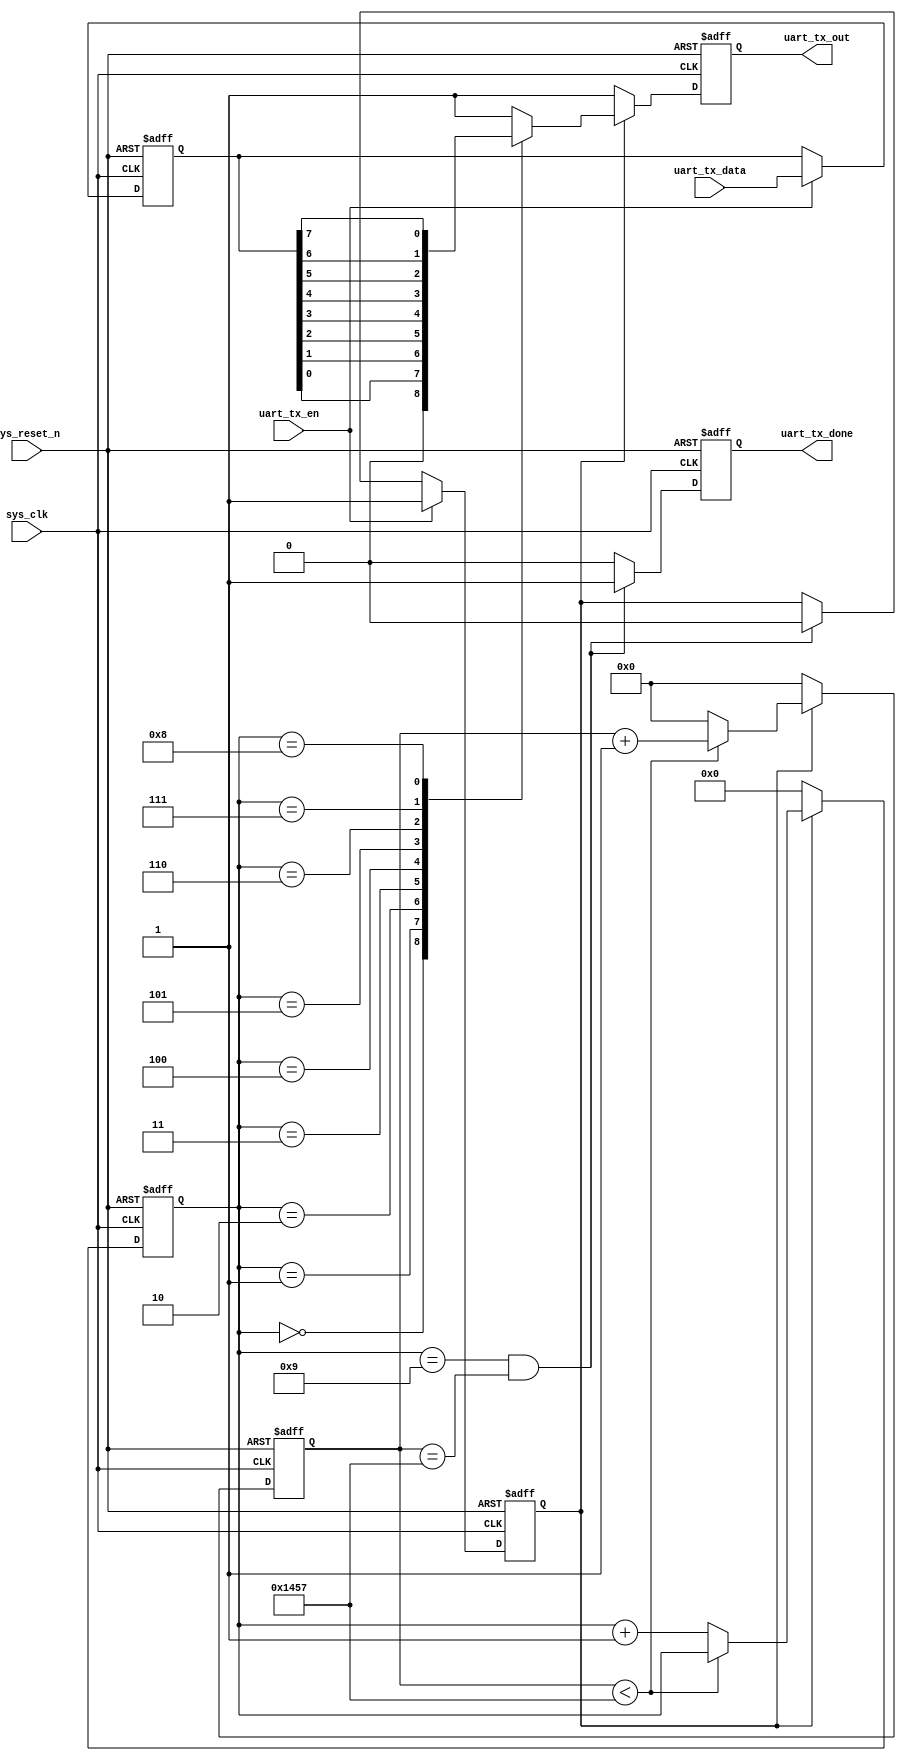
// *****************************************************************************
// 
// Module Name: UART_TR
//      1. A simple implementation of UART transmitter
//      2. Each frame is composed of:
//          1 bit of start bit (1'b0),
//          8 bits of data,
//          1 bit of parity (Not implemented in this design)
//          1 bit of stop bit (1'b1)
//      3. Design is based on http://t.csdn.cn/sCjGO

// Input Ports:
//      1. sys_clk                  : System Clock Provided
//      2. sys_reset_n              : Reset Negative
//      3. uart_tx_en               : Transmission Enable
//      4. uart_tx_data[width-1:0]  : Transmission Data
//
// Output Port:
//      1. uart_tx_out              : Transmission Data Out
//      2. uart_tx_done             : Signaling
//
// *****************************************************************************

module UART_TR
#(
    parameter   width           = 'd8,              // Transmission Data Width
    parameter   BPS             = 'd9_600,          // UART Out Frequency bits/s
    parameter   SYS_CLK_FREQ    = 'd50_000_000      // System Clock Frequency
)
(
    input                   sys_clk,
    input                   sys_reset_n,
    input                   uart_tx_en,
    input   [width-1:0]     uart_tx_data,
    output  reg             uart_tx_out,
    output  reg             uart_tx_done
);

    localparam      CPB     = SYS_CLK_FREQ / BPS;   // System Clock Cycles per Bit
    localparam      BPF     = 10;                   // # Bits per Frame

    reg                     tx_state;               // State information: 1 send, 0 no
    reg     [width-1:0]     uart_tx_data_reg;       // Register input
    reg     [3:0]           bits_counter;           // Count number of bits sent
    reg     [31:0]          cycle_counter;          // Count number of cycles passed

// ******************************//
// Registers' Behaviors
// ******************************//
    // uart_tx_reg behavior
    always @ (posedge sys_clk or negedge sys_reset_n) begin
        if (!sys_reset_n)
            uart_tx_data_reg <= 0;
        else if (uart_tx_en)
            uart_tx_data_reg <= uart_tx_data;
        else
            uart_tx_data_reg <= uart_tx_data_reg; 
    end

    // tx_state behavior
    always @ (posedge sys_clk or negedge sys_reset_n) begin
        if (!sys_reset_n)
            tx_state <= 1'b0;
        // transmit if enabled
        else if (uart_tx_en)
            tx_state <= 1'b1;
        // stop transmission on last bit's last cycle
        else if ((bits_counter == BPF - 1) && (cycle_counter == CPB - 1))
            tx_state <= 1'b0;
        // maintain transmission during transmission or no enabling signal
        else
            tx_state <= tx_state;
    end

    // bits and cycle counters behavior
    always @ (posedge sys_clk or negedge sys_reset_n) begin
        if (!sys_reset_n) begin
            bits_counter    <= 0;
            cycle_counter   <= 0;
        end
        // During Transmission of a Frame
        else if (tx_state) begin
            // During Transmission of a Single Bit
            if (cycle_counter < CPB - 1) begin
                cycle_counter <= cycle_counter + 1;
                bits_counter  <= bits_counter;
            end
            // Switch to Next Bit Transmission
            else begin
                cycle_counter <= 0;
                bits_counter  <= bits_counter + 1;
            end
        end
        // Turn Off Transmission
        else begin
            cycle_counter <= 0;
            bits_counter  <= 0;
        end
    end
// ******************************//
// Registers' Behaviors END
// ******************************//

// ******************************//
// Output Ports' Behaviors
// ******************************//
    // uart_tx_done behavior
    always @ (posedge sys_clk or negedge sys_reset_n) begin
        if (!sys_reset_n)
            uart_tx_done <= 1'b0;
        // stop transmission on last bit's last cycle
        else if ((bits_counter == BPF - 1) && (cycle_counter == CPB - 1))
            uart_tx_done <= 1'b1;
        // maintain transmission during transmission or no enabling signal
        else
            uart_tx_done <= 1'b0;
    end

    // uart_tx_out behavior
    always @ (posedge sys_clk or negedge sys_reset_n) begin
        if (!sys_reset_n)
            uart_tx_out <= 1'b0;
        // If in transmission, choose data out
        else if (tx_state) begin
            case (bits_counter)
                4'd0:       uart_tx_out <= 1'b0;
                4'd1:       uart_tx_out <= uart_tx_data_reg[0];
                4'd2:       uart_tx_out <= uart_tx_data_reg[1];
                4'd3:       uart_tx_out <= uart_tx_data_reg[2];
                4'd4:       uart_tx_out <= uart_tx_data_reg[3];
                4'd5:       uart_tx_out <= uart_tx_data_reg[4];
                4'd6:       uart_tx_out <= uart_tx_data_reg[5];
                4'd7:       uart_tx_out <= uart_tx_data_reg[6];
                4'd8:       uart_tx_out <= uart_tx_data_reg[7];
                4'd9:       uart_tx_out <= 1'b1;
                default:    uart_tx_out <= 1'b1;
            endcase
        end
        // Default Transmission Value is 1
        else
            uart_tx_out <= 1'b1;
    end
// ******************************//
// Output Ports' Behaviors
// ******************************//

endmodule